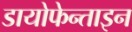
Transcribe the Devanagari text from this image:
डायोफेन्ताइन